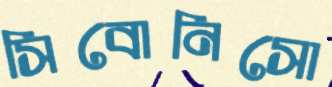
সিবোনিসো